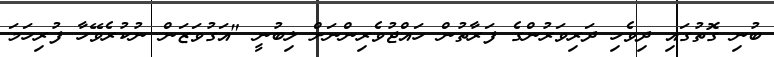
ބުނި ގޮތުގައި ދިވެހި ދަރިވަރުންގެ ފަރާތުން ހައްޖުވެރިންނަށް ލިބުނީ "އަގުވަޒަން ނުކުރެވޭހާ ފުރިހަމަ